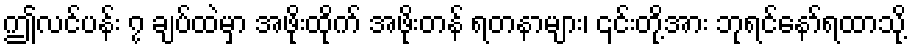
ဤလင်ပန်း ၇ ချပ်ထဲမှာ အဖိုးထိုက် အဖိုးတန် ရတနာများ၊ ၎င်းတို့အား ဘုရင်နော်ရထာသို့